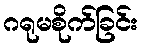
ဂရုမစိုက်ခြင်း